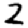
Digit: 2